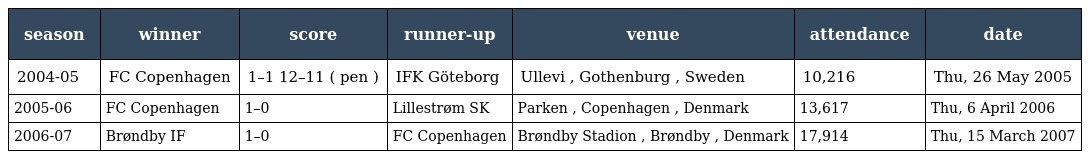
| season | winner | score | runner-up | venue | attendance | date |
 | --- | --- | --- | --- | --- | --- | --- |
 | 2004-05 | FC Copenhagen | 1–1 12–11 ( pen ) | IFK Göteborg | Ullevi , Gothenburg , Sweden | 10,216 | Thu, 26 May 2005 |
 | 2005-06 | FC Copenhagen | 1–0 | Lillestrøm SK | Parken , Copenhagen , Denmark | 13,617 | Thu, 6 April 2006 |
 | 2006-07 | Brøndby IF | 1–0 | FC Copenhagen | Brøndby Stadion , Brøndby , Denmark | 17,914 | Thu, 15 March 2007 |